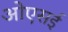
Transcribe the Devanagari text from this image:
ओएसई